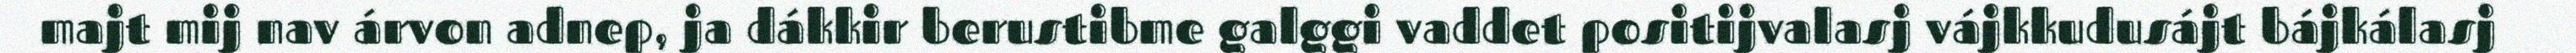
majt mij nav árvon adnep, ja dákkir berustibme galggi vaddet positijvalasj vájkkudusájt bájkálasj